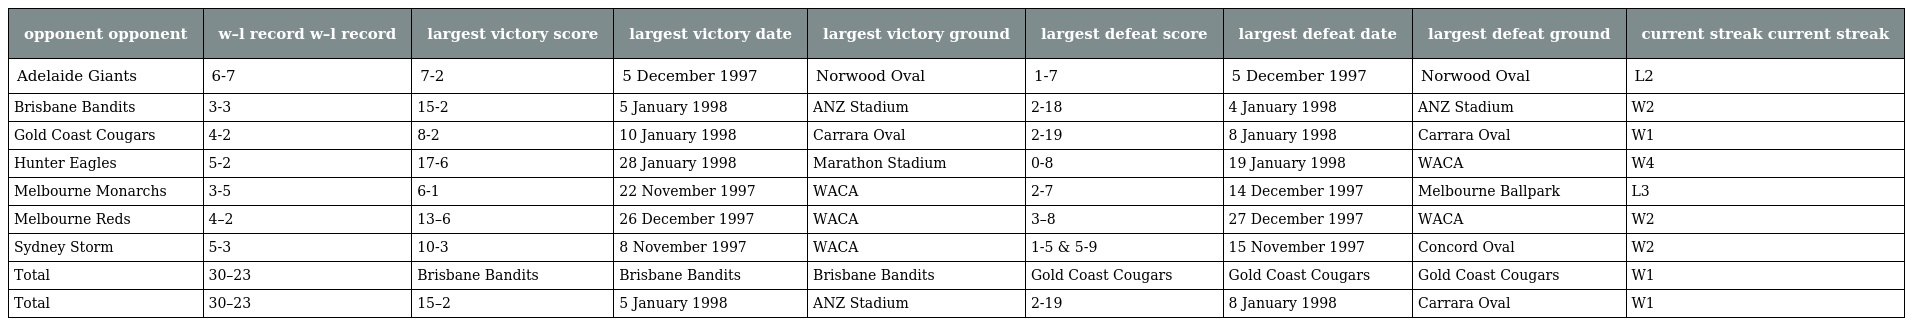
| opponent opponent | w–l record w–l record | largest victory score | largest victory date | largest victory ground | largest defeat score | largest defeat date | largest defeat ground | current streak current streak |
 | --- | --- | --- | --- | --- | --- | --- | --- | --- |
 | Adelaide Giants | 6-7 | 7-2 | 5 December 1997 | Norwood Oval | 1-7 | 5 December 1997 | Norwood Oval | L2 |
 | Brisbane Bandits | 3-3 | 15-2 | 5 January 1998 | ANZ Stadium | 2-18 | 4 January 1998 | ANZ Stadium | W2 |
 | Gold Coast Cougars | 4-2 | 8-2 | 10 January 1998 | Carrara Oval | 2-19 | 8 January 1998 | Carrara Oval | W1 |
 | Hunter Eagles | 5-2 | 17-6 | 28 January 1998 | Marathon Stadium | 0-8 | 19 January 1998 | WACA | W4 |
 | Melbourne Monarchs | 3-5 | 6-1 | 22 November 1997 | WACA | 2-7 | 14 December 1997 | Melbourne Ballpark | L3 |
 | Melbourne Reds | 4–2 | 13–6 | 26 December 1997 | WACA | 3–8 | 27 December 1997 | WACA | W2 |
 | Sydney Storm | 5-3 | 10-3 | 8 November 1997 | WACA | 1-5 & 5-9 | 15 November 1997 | Concord Oval | W2 |
 | Total | 30–23 | Brisbane Bandits | Brisbane Bandits | Brisbane Bandits | Gold Coast Cougars | Gold Coast Cougars | Gold Coast Cougars | W1 |
 | Total | 30–23 | 15–2 | 5 January 1998 | ANZ Stadium | 2-19 | 8 January 1998 | Carrara Oval | W1 |